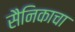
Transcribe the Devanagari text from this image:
सैनिकाचा